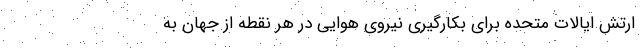
ارتش ایالات متحده برای بکارگیری نیروی هوایی در هر نقطه از جهان به